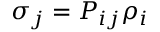
\sigma _ { j } = P _ { i j } \/ \rho _ { i }